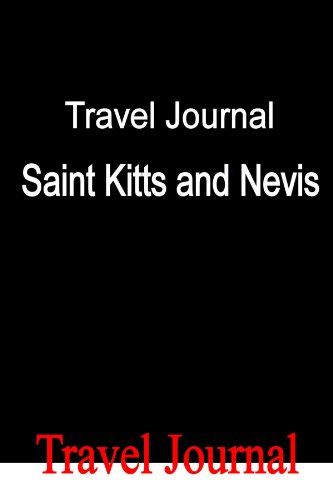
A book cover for Travel Journal Saint Kitts and Nevis; E Locken; Travel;